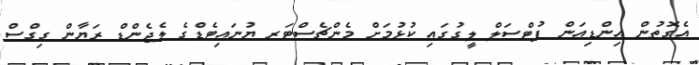
އެގޮތުން އިންޑިއަން ފުޓްސަލް ލީގުގައި ކުޅުމަށް މެންޗެސްޓަރ ޔުނައިޓެޑްގެ ލެޖެންޑް ރަޔާން ގިގްސް